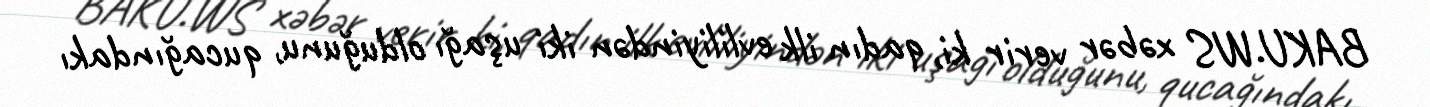
BAKU.WS xəbər verir ki, qadın ilk evliliyindən iki uşağı olduğunu, qucağındakı